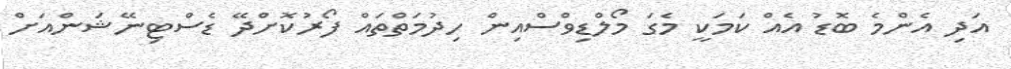
އަދި އެންމެ ބޮޑު އެއް ކަމަކީ މެގަ މޯލްޑިވްސްއިން ހިދުމަތްތައް ފޯރުކޮށްދޭ ޑެސްޓިނޭޝަންއަށް